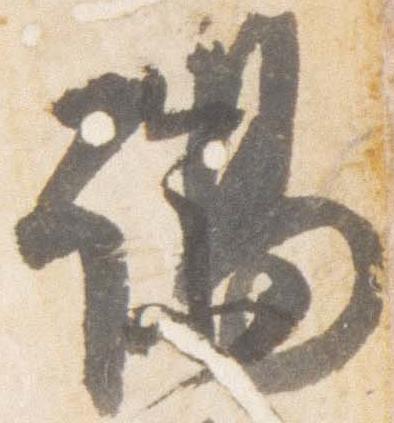
謁